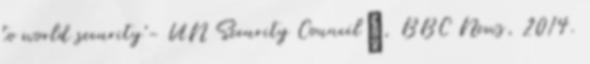
to world security'- UN Security Council”, BBC News, 2014.